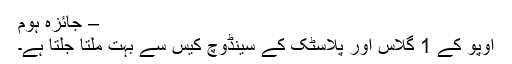
– جائزہ ہوم
اوپو کے 1 گلاس اور پلاسٹک کے سینڈوچ کیس سے بہت ملتا جلتا ہے۔